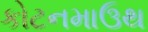
કોટનમાઉથ